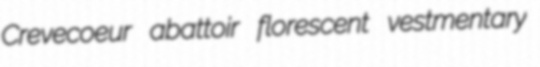
Crevecoeur abattoir florescent vestmentary